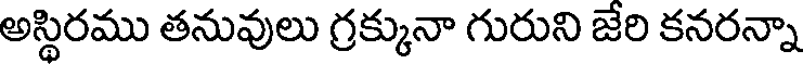
అస్థిరము తనువులు గ్రక్కునా గురుని జేరి కనరన్నా